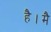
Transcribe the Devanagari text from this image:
है।मै